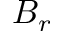
B _ { r }